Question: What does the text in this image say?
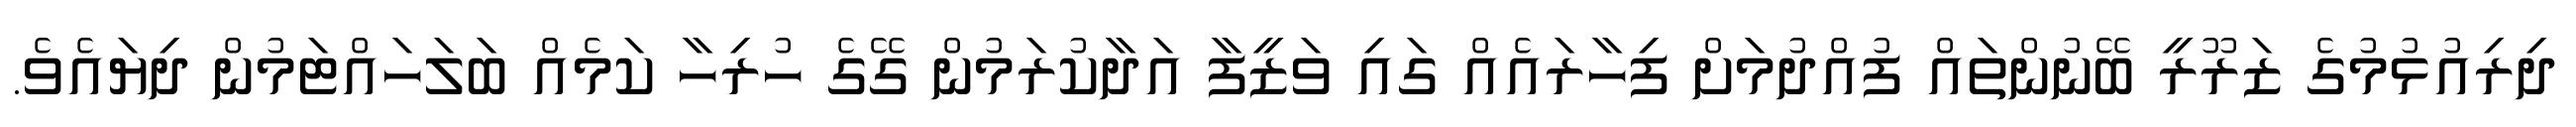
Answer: ދިރިއުޅުމުގެ ޒަރޫރީ ބޭނުންތައް ފުއްދުމަށް ފިހާރައެއް ގައި ވަޒީފާ އަދާކުރަމުން ގޭގެ ހުރިހާ ކަމެއް ބަލަހައްޓަމުން ދިޔައެވެ.